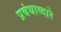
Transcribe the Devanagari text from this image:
प्रबंधाव्दारे